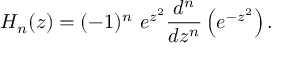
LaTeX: H _ { n } ( z ) = ( - 1 ) ^ { n } ~ e ^ { z ^ { 2 } } { \frac { d ^ { n } } { d z ^ { n } } } \left( e ^ { - z ^ { 2 } } \right) .